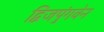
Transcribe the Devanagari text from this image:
द्विजपुंगवेन